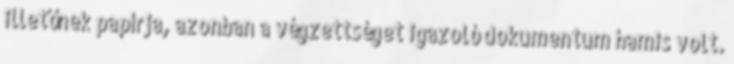
illetőnek papírja, azonban a végzettséget igazoló dokumentum hamis volt.